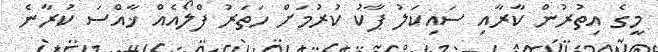
މީގެ އިތުރުން ކާރާއި ސައިކަލު ޕާކު ކުރުމަށް ހަތަރު ފްލޯއެއް ޚާއްސަ ކުރާނެ